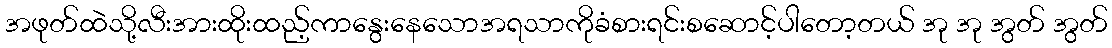
အဖုတ်ထဲသို့လီးအားထိုးထည့်ကာနွေးနေသောအရသာကိုခံစားရင်းစဆောင့်ပါတော့တယ် အု အု အွတ် အွတ်